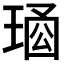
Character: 𤦱